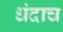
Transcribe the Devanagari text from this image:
धंदाच